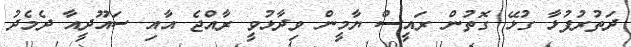
ދަތުރުފުޅާ ގުޅޭ ގޮތުން ރައީސް ޔާމީން ވިދާޅުވީ ރާއްޖެ އާއި ސައޫދީއާ ދެމެދު